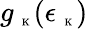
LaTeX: g_{\mathrm{~\tiny~K~}}(\epsilon_{\mathrm{~\tiny~K~}})